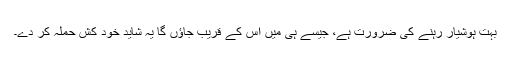
بہت ہوشیار رہنے کی ضرورت ہے، جیسے ہی میں اس کے قریب جاؤں گا یہ شاید خود کش حملہ کر دے۔